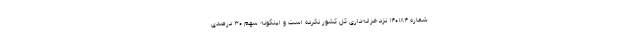
شماره ۱۴۰۱۸۴ نزد خزانه‌داری کل‌ کشور نکرده است و اینگونه سهم ۳۰ درصدی